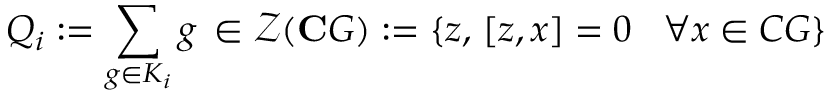
Q _ { i } : = \sum _ { g \in K _ { i } } g \, \in \mathcal { Z } ( \mathbf { C } G ) : = \left\{ z , \, \left[ z , x \right] = 0 \, \, \, \, \, \forall x \in C G \right\} \, \,